画像に写った文字を読んでください
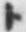
「ト」と書いてあります